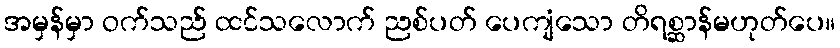
အမှန်မှာ ဝက်သည် ထင်သလောက် ညစ်ပတ် ပေကျံသော တိရစ္ဆာန်မဟုတ်ပေ။